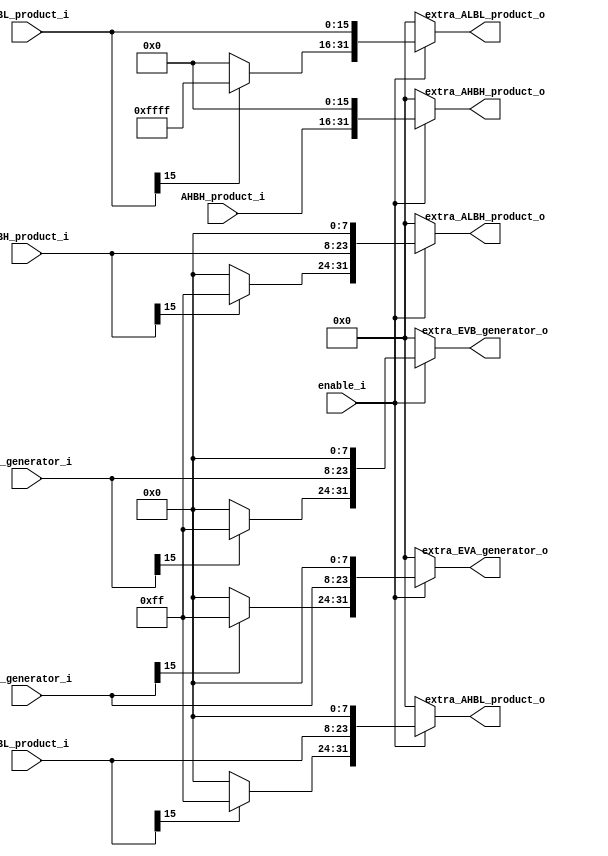
module sign_extra_unit (
    input                   enable_i                ,
    input   [15:0]          AHBH_product_i          ,
    input   [15:0]          AHBL_product_i          ,
    input   [15:0]          ALBH_product_i          ,
    input   [15:0]          ALBL_product_i          ,
    input   [15:0]          EVA_generator_i         ,
    input   [15:0]          EVB_generator_i         ,

    output   [31:0]         extra_AHBH_product_o    ,
    output   [31:0]         extra_AHBL_product_o    ,
    output   [31:0]         extra_ALBH_product_o    ,
    output   [31:0]         extra_ALBL_product_o    ,
    output   [31:0]         extra_EVA_generator_o   ,
    output   [31:0]         extra_EVB_generator_o   

);

    //  Decalare reg of outputs
    reg   [31:0]         extra_AHBH_product    ;
    reg   [31:0]         extra_AHBL_product    ;
    reg   [31:0]         extra_ALBH_product    ;
    reg   [31:0]         extra_ALBL_product    ;
    reg   [31:0]         extra_EVA_generator   ;
    reg   [31:0]         extra_EVB_generator   ;

    assign  extra_AHBH_product_o    =   extra_AHBH_product  ;
    assign  extra_AHBL_product_o    =   extra_AHBL_product  ;
    assign  extra_ALBH_product_o    =   extra_ALBH_product  ;
    assign  extra_ALBL_product_o    =   extra_ALBL_product  ;
    assign  extra_EVA_generator_o   =   extra_EVA_generator ;
    assign  extra_EVB_generator_o   =   extra_EVB_generator ;

    //  Extra to 32 bit, if sign is 1, insert 1 bits in front of it. 
    //  Else if sign bit is 0, insert 0 bits in front of it
    always @(*) begin
        if (enable_i) begin
            extra_AHBH_product  =   AHBH_product_i  << 16                       ;

            if (AHBL_product_i[15]) begin
                //extra_AHBL_product  =   {8'b1111_1111, (AHBL_product_i << 8)}   ;
                extra_AHBL_product[31:24]   =   8'b1111_1111    ;
                extra_AHBL_product[23:0]    =   AHBL_product_i << 8 ;
            end
            else begin
                extra_AHBL_product[31:24]   =   8'b0000_0000    ;
                extra_AHBL_product[23:0]    =   AHBL_product_i << 8 ;
            end

            if (ALBH_product_i[15]) begin
                extra_ALBH_product[31:24]   =   8'b1111_1111    ;
                extra_ALBH_product[23:0]    =   ALBH_product_i << 8 ;
            end
            else begin
                extra_ALBH_product[31:24]   =   8'b0000_0000    ;
                extra_ALBH_product[23:0]    =   ALBH_product_i << 8 ;
            end
            
            if (ALBL_product_i[15]) begin
                extra_ALBL_product[31:16]   =   16'b1111_1111_1111_1111  ;
                extra_ALBL_product[15:0]    =   ALBL_product_i              ;
            end
            else begin
                extra_ALBL_product[31:16]   =   16'b0000_0000_0000_0000  ;
                extra_ALBL_product[15:0]    =   ALBL_product_i              ;
            end

            if (EVA_generator_i[15]) begin
                extra_EVA_generator[31:24]  =   8'b1111_1111    ;
                extra_EVA_generator[23:0]   =   EVA_generator_i << 8    ;
            end
            else begin
                extra_EVA_generator[31:24]  =   8'b0000_0000    ;
                extra_EVA_generator[23:0]   =   EVA_generator_i << 8    ;
            end

            if (EVB_generator_i[15]) begin
                extra_EVB_generator[31:24]  =   8'b1111_1111    ;
                extra_EVB_generator[23:0]   =   EVB_generator_i << 8    ;
            end
            else begin
                extra_EVB_generator[31:24]  =   8'b0000_0000    ;
                extra_EVB_generator[23:0]   =   EVB_generator_i << 8    ;
            end
        end

        else begin
            extra_AHBH_product      =   0   ;
            extra_AHBL_product      =   0   ;
            extra_ALBH_product      =   0   ;
            extra_ALBL_product      =   0   ;
            extra_EVA_generator     =   0   ;
            extra_EVB_generator     =   0   ;
        end
    end

endmodule